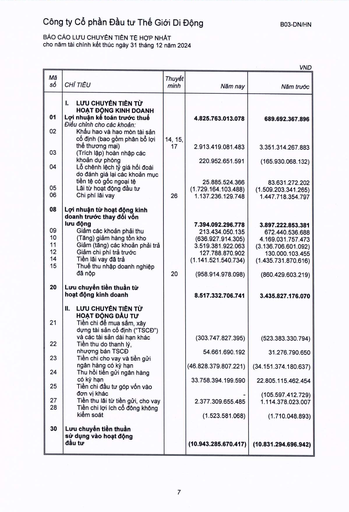
|Mã số|CHỈ TIÊU|Thuyết minh|Năm nay|Năm trước| |---|---|---|---|---| |01|I. LƯU CHUYỂN TIỀN TỪ HOẠT ĐỘNG KINH DOANH Lợi nhuận kế toán trước thuế Điều chỉnh cho các khoản:||4.825.763.013.078|689.692.367.896| |02|Khấu hao và hao mòn tài sản cố định (bao gồm phân bổ lợi thế thương mại)|14, 15, 17|2.913.419.081.483|3.351.314.267.883| |03|(Trích lập) hoàn nhập các khoản dự phòng||220.952.651.591|(165.930.068.132)| |04|Lỗ chênh lệch tỷ giá hối đoái do đánh giá lại các khoản mục tiền tệ có gốc ngoại tệ||25.885.524.366|83.631.272.202| |05|Lãi từ hoạt động đầu tư||(1.729.164.103.488)|(1.509.203.341.265)| |06|Chi phí lãi vay|26|1.137.236.129.748|1.447.718.354.797| |08|Lợi nhuận từ hoạt động kinh doanh trước thay đổi vốn lưu động||7.394.092.296.778|3.897.222.853.381| |09|Giảm các khoản phải thu||213.434.050.135|672.440.536.688| |10|(Tăng) giảm hàng tồn kho||(636.927.914.305)|4.169.031.757.473| |11|Giảm (tăng) các khoản phải trả||3.519.381.922.063|(3.136.706.601.092)| |12|Giảm chi phí trả trước||127.788.870.902|130.000.103.455| |14|Tiền lãi vay đã trả||(1.141.521.540.734)|(1.435.731.870.616)| |15|Thuế thu nhập doanh nghiệp đã nộp|20|(958.914.978.098)|(860.429.603.219)| |20|Lưu chuyển tiền thuần từ hoạt động kinh doanh||8.517.332.706.741|3.435.827.176.070| ||II. LƯU CHUYỂN TIỀN TỪ HOẠT ĐỘNG ĐẦU TƯ|||| |21|Tiền chi để mua sắm, xây dựng tài sản cố định ("TSCĐ") và các tài sản dài hạn khác||(303.747.827.395)|(523.383.330.794)| |22|Tiền thu do thanh lý, nhượng bán TSCĐ||54.661.690.192|31.276.790.650| |23|Tiền chi cho vay và tiền gửi ngân hàng có kỳ hạn||(46.828.379.807.221)|(34.151.374.180.637)| |24|Thu hồi tiền gửi ngân hàng có kỳ hạn||33.758.394.199.590|22.805.115.462.454| |25|Tiền chi đầu tư góp vốn vào đơn vị khác|||(105.597.412.729)| |27|Tiền thu lãi tiết kiệm, cho vay||2.377.309.655.485|1.114.378.023.007| |28|Tiền chi lợi ích cổ đông không kiểm soát||(1.523.581.068)|(1.710.048.893)| |30|Lưu chuyển tiền thuần sử dụng vào hoạt động đầu tư||(10.943.285.670.417)|(10.831.294.696.942)|